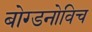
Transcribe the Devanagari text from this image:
बोग्डनोविच